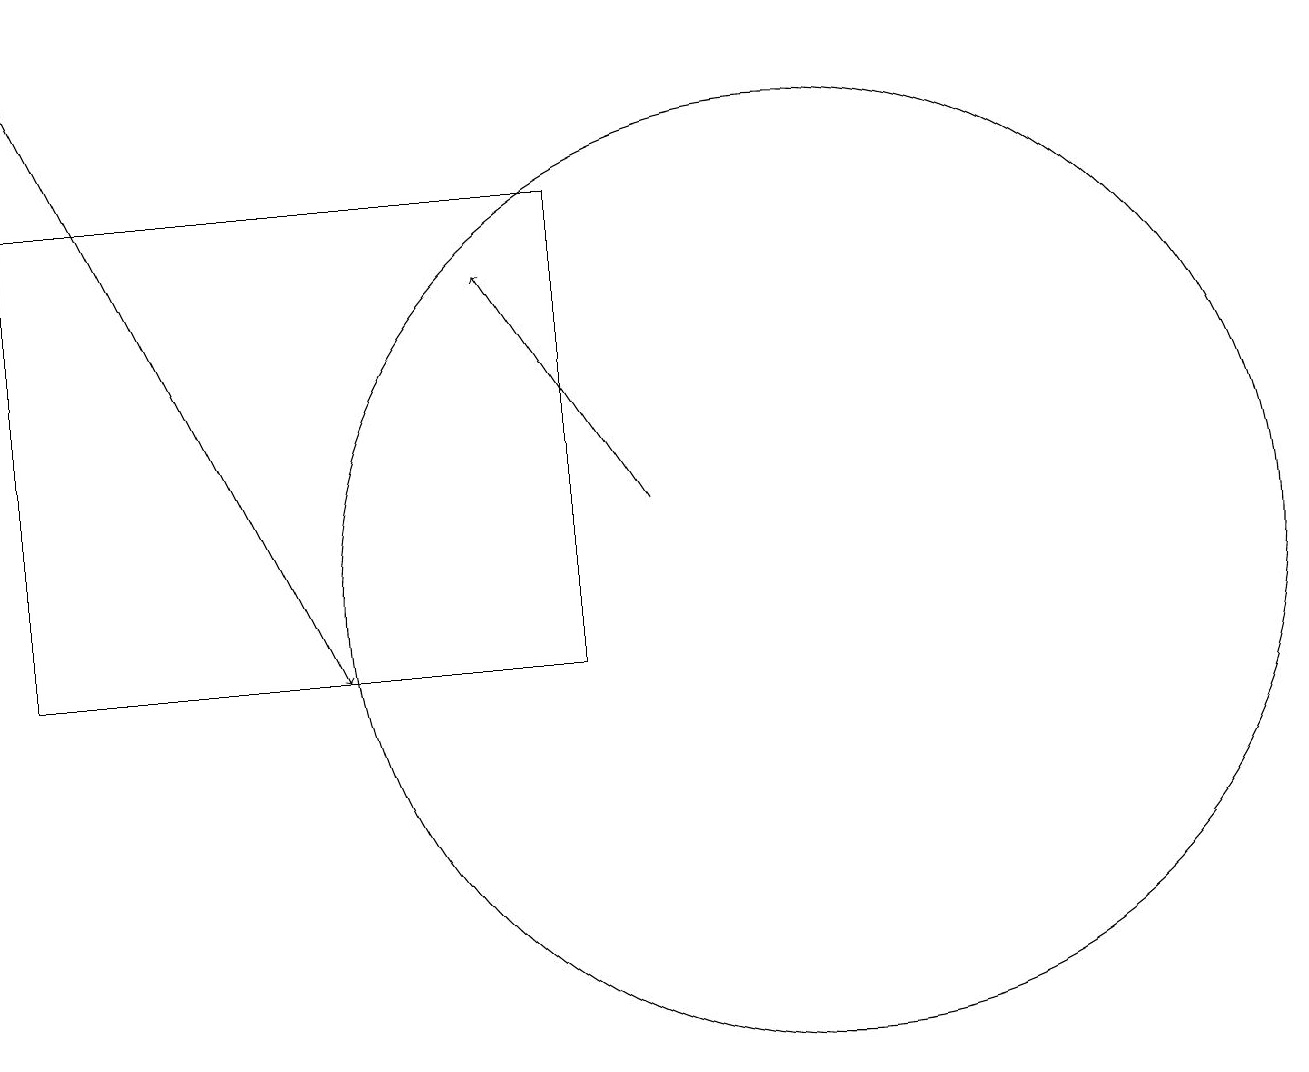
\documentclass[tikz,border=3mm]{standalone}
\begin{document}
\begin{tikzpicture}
\draw (8,10) rectangle (1,16);
\draw (11,11) circle (6);
\draw[->] (1,18) -- (5,10);
\draw[->] (9,12) -- (7,15);
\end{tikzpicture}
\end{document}